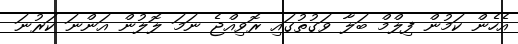
އެހެން ކަމުން ފިލްމް ބަލާ ވަގުތުގައި ރޮވިއްޖެ ނަމަ ލޮލުން އަންނަ ކަރުނަ